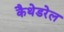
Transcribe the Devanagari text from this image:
कैथेडरेल